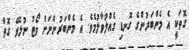
ގޮތަކީ އެ މެންބަރުންގެ ގޮނޑި ގެއްލުވާލުމެވެ. އެ މެންބަރުންނަށް ވޯޓު ނުލެވޭ ގޮތް